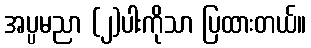
အပ္ပမညာ (၂)ပါးကိုသာ ပြထားတယ်။